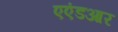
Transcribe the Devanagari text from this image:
एएंडआर